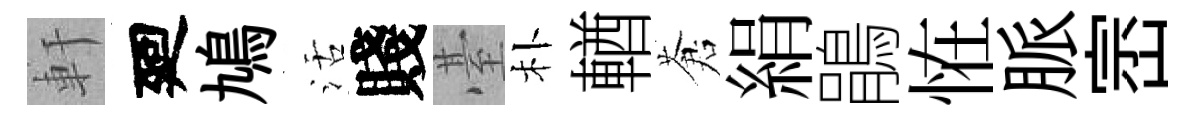
軒廻鳩活賤䑓朴輶蒼絹鵑恠脈崈